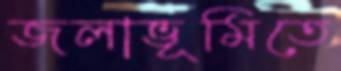
জলাভূমিতে